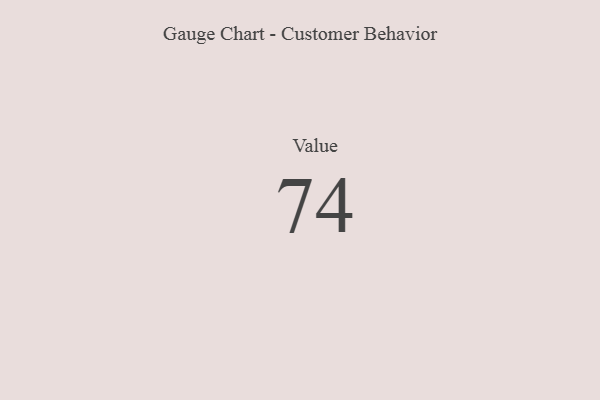
{"axis": {"x": "Metric", "y": "Value"}, "legend": [""], "data": [{"x": "Value", "y": 74, "type": ""}]}